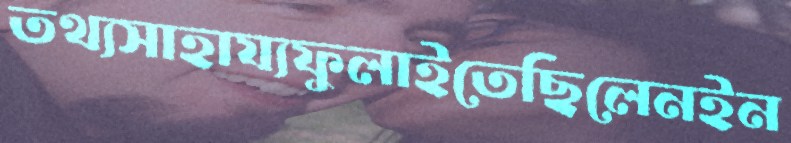
তথ্যসাহায্যফুলাইতেছিলেনইন